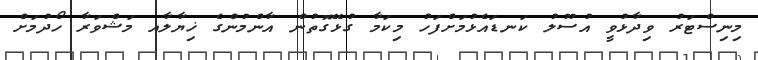
މިނިސްޓަރު ވިދާޅުވީ އުސޫލު ކަނޑައެޅުމަށްފަހު މިކަމާ ގުޅޭގޮތުން އާންމުންގެ ޚިޔާލާއ މަޝްވަރާ ހޯދުމަށް